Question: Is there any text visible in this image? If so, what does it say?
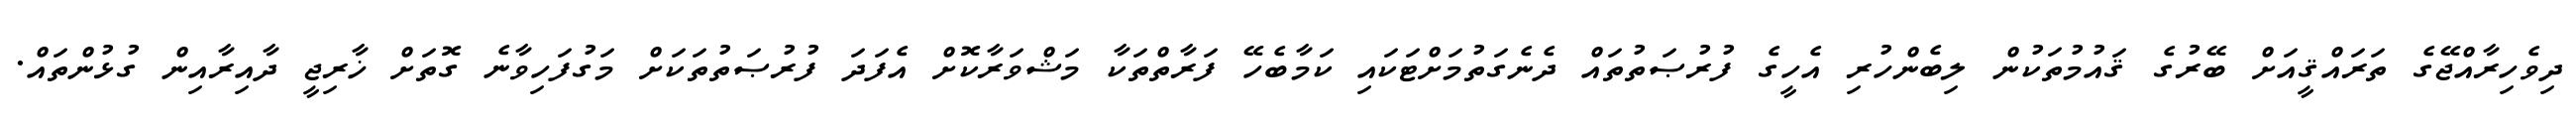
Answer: ދިވެހިރާއްޖޭގެ ތަރައްޤީއަށް ބޭރުގެ ޤައުމުތަކުން ލިބެންހުރި އެހީގެ ފުރުޞަތުތައް ދެނެގަތުމަށްޓަކައި ކަމާބެހޭ ފަރާތްތަކާ މަޝްވަރާކޮށް އެފަދަ ފުރުޞަތުތަކަށް މަގުފަހިވާނެ ގޮތަށް ޚާރިޖީ ދާއިރާއިން ގުޅުންތައް.